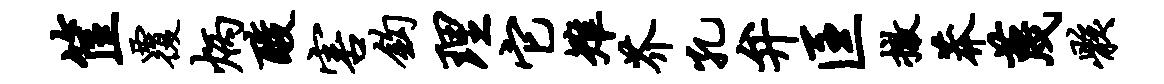
筐覆炳酸害钩理它雉芥孔弁匡撤莽蔑骸